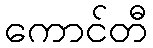
ကောင်တီ